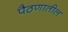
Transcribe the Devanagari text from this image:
पैठणातील